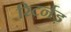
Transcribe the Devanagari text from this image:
रिटर्नड़